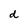
Character: d